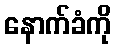
နောက်ခံကို